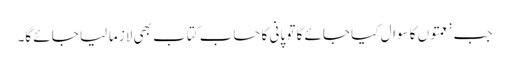
جب نعمتوں کا سوال کیا جائے گا تو پانی کا حساب کتاب بھی لازماً لیا جائے گا۔